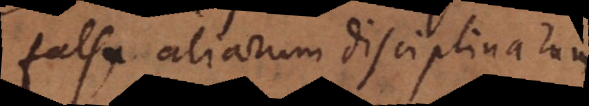
falsa aliarum disciplinarum